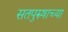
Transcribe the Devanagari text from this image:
सतपुरुषाच्या